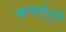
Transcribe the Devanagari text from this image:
कर्णाटों